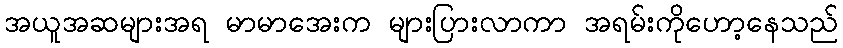
အယူအဆများအရ မာမာအေးက များပြားလာကာ အရမ်းကိုဟော့နေသည်